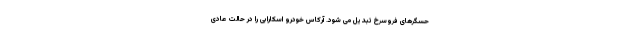
حسگرهای فروسرخ تبدیل می شود. آرکاس خودرو اسکارابی را در حالت عادی